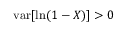
\operatorname { v a r } [ \ln ( 1 - X ) ] > 0